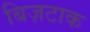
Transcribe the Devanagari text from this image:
बिज़टाक